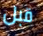
قبل